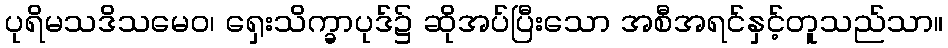
ပုရိမသဒိသမေဝ၊ ရှေးသိက္ခာပုဒ်၌ ဆိုအပ်ပြီးသော အစီအရင်နှင့်တူသည်သာ။